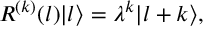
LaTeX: R ^ { ( k ) } ( l ) | l \rangle = \lambda ^ { k } | l + k \rangle ,